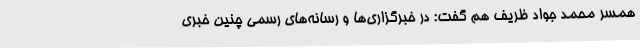
همسر محمد جواد ظریف هم گفت: در خبرگزاری‌ها و رسانه‌های رسمی چنین خبری